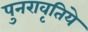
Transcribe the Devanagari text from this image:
पुनरावृतिये